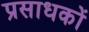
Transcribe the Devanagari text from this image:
प्रसाधकों